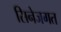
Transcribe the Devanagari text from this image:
सिनेजगत